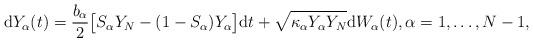
LaTeX: \begin{align*}\mathrm{d}Y_\alpha(t) = \frac{b_\alpha}{2} \big[S_\alpha Y_N - (1-S_\alpha)Y_\alpha\big] \mathrm{d}t + \sqrt{\kappa_\alpha Y_\alpha Y_N}\mathrm{d}W_\alpha(t), \alpha=1,\dots,N-1, \end{align*}